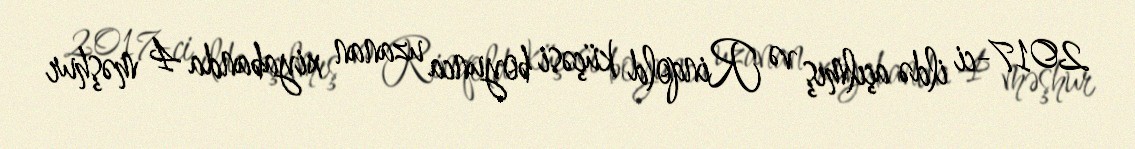
2017-ci ildə açılmış və Rinqold küçəsi boyunca uzanan xiyabanda 4 məşhur